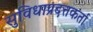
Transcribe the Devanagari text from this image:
सुविधाप्रदत्तकर्ता